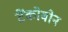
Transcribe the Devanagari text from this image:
टेंकोबोन